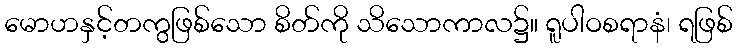
မောဟနှင့်တကွဖြစ်သော စိတ်ကို သိသောကာလ၌။ ရူပါဝစရာနံ၊ ရဖြစ်